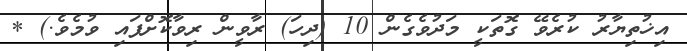
އިޚުތިޔާރު ކުރެވޭ ގޮތަކީ މަދުވެގެން 10 (ދިހަ) ރާވީން ރިވާކޮށްފައި ވުމެވެ.) *